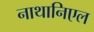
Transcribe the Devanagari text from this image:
नाथानिएल